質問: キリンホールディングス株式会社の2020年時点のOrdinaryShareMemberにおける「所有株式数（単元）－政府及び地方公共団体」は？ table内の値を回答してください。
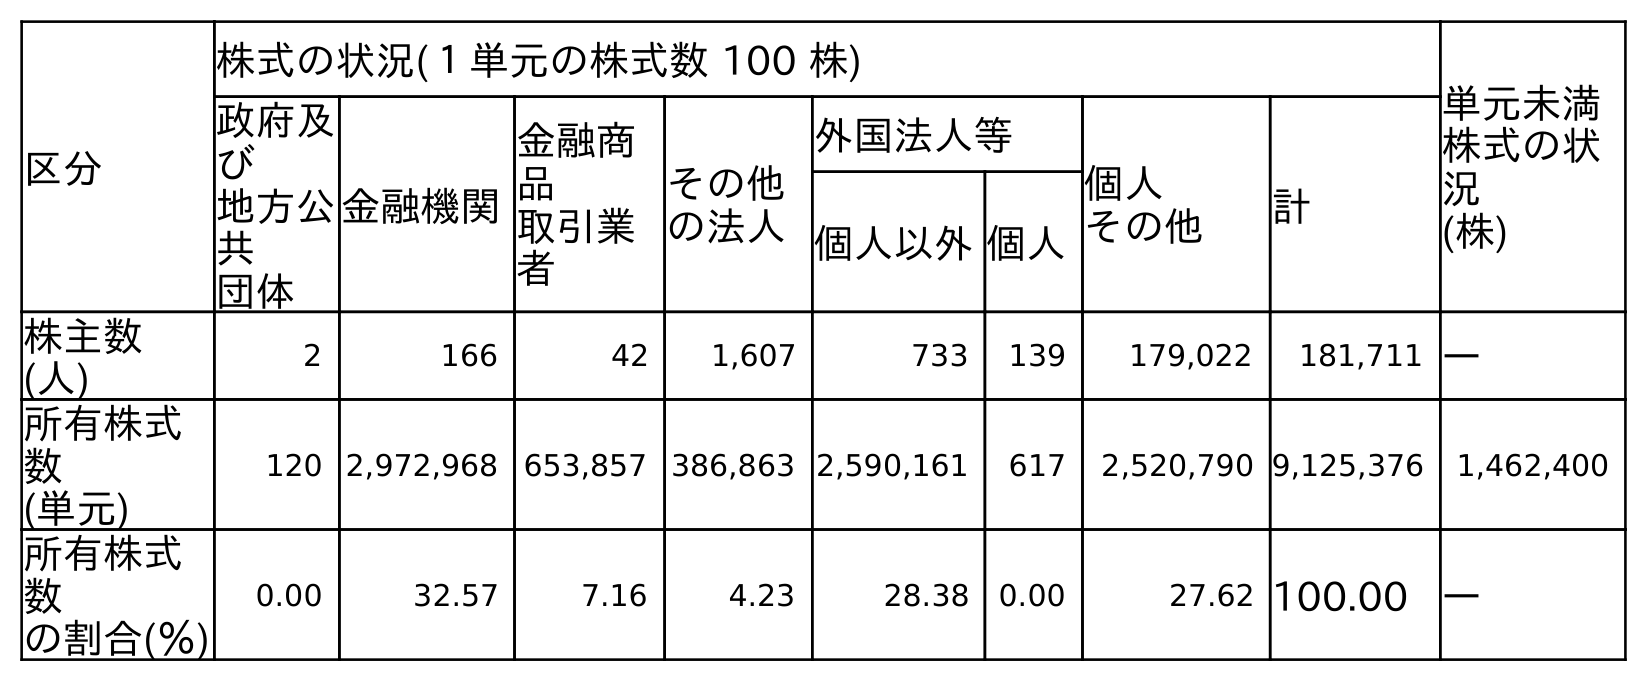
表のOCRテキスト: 区分 株式の状況(１単元の株式数 100 株) 単元未満 株式の状 況 (株) 政府及 び 地方公 共 団体 金融機関 金融商 品 取引業 者 その他 の法人 外国法人等 個人 その他 計 個人以外個人 株主数 (人) 2 166 42 1,607 733 139 179,022 181,711 ― 所有株式 数 (単元) 120 2,972,968 653,857 386,863 2,590,161 617 2,520,790 9,125,376 1,462,400 所有株式 数 の割合(％) 0.00 32.57 7.16 4.23 28.38 0.00 27.62 100.00 ―
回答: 120